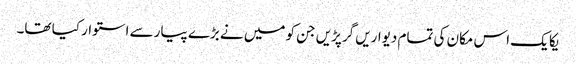
یکا یک اس مکان کی تمام دیواریں گرپڑیں جن کو میں نے بڑے پیار سے استوار کیا تھا۔